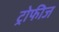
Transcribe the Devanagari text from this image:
ट्रोफीज